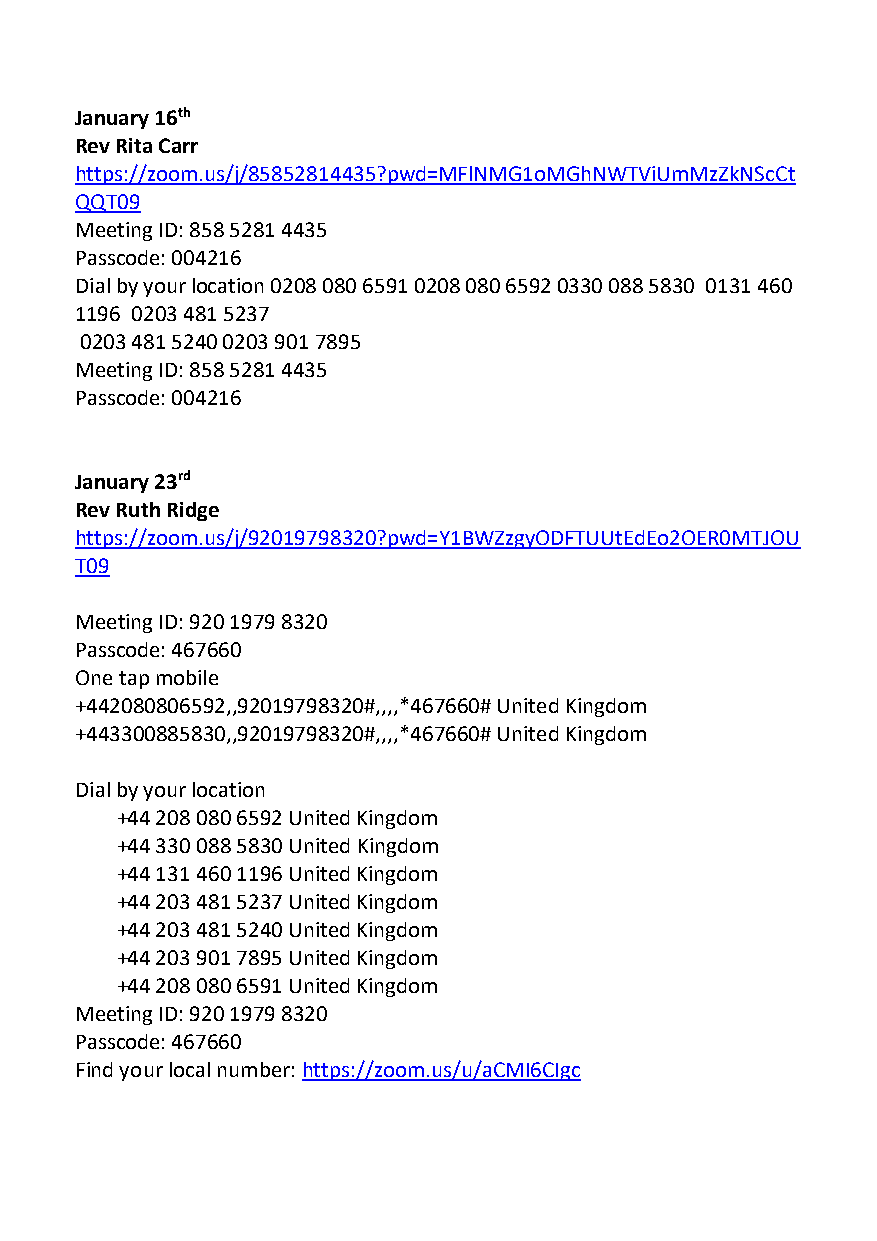
January 16th
 Rev Rita Carr
 https://zoom.us/j/85852814435?pwd=MFlNMG1oMGhNWTViUmMzZkNScCt
 QQT09
 Meeting ID: 858 5281 4435
 Passcode: 004216
 Dial by your location 0208 080 6591 0208 080 6592 0330 088 5830 0131 460
 1196 0203 481 5237
 0203 481 5240 0203 901 7895
 Meeting ID: 858 5281 4435
 Passcode: 004216
 January 23rd
 Rev Ruth Ridge
 https://zoom.us/j/92019798320?pwd=Y1BWZzgyODFTUUtEdEo2OER0MTJOU
 T09
 Meeting ID: 920 1979 8320
 Passcode: 467660
 One tap mobile
 +442080806592,,92019798320#,,,,*467660# United Kingdom
 +443300885830,,92019798320#,,,,*467660# United Kingdom
 Dial by your location
 +44 208 080 6592 United Kingdom
 +44 330 088 5830 United Kingdom
 +44 131 460 1196 United Kingdom
 +44 203 481 5237 United Kingdom
 +44 203 481 5240 United Kingdom
 +44 203 901 7895 United Kingdom
 +44 208 080 6591 United Kingdom
 Meeting ID: 920 1979 8320
 Passcode: 467660
 Find your local number: https://zoom.us/u/aCMI6CIgc